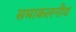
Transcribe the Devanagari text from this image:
समाकलनीय